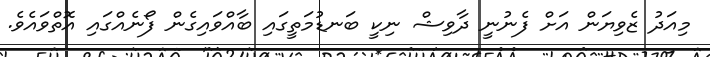
މިއަދު ޒެވިޔަން އަށް ފެނުނީ ދާވިޝް ނިކީ ބަނޑުމަތީގައި ބާއްވައިގެން ފޯނެއްގައި އޮތްވައެވެ.